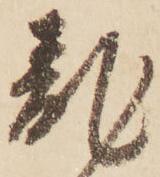
乱